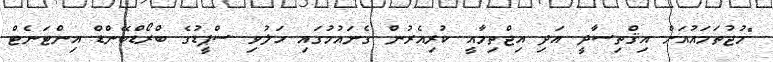
"މުޖުތަމައުއަށް އިޤްތިސާދީ އަދި އިޖްތިމާއީ ކުރިއެރުން ގެނައުމުގައި ހަލުވި ސްޕީޑުގެ ބްރޯޑްބޭންޑް އިންޓަނެޓް